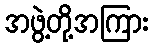
အဖွဲ့တို့အကြား